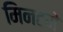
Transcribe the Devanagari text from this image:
मिनटमे